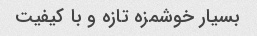
بسیار خوشمزه تازه و با کیفیت